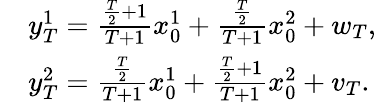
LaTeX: \begin{array}{rl}&{y_{T}^{1}=\frac{\frac{T}{2}+1}{T+1}x_{0}^{1}+\frac{\frac{T}{2}}{T+1}x_{0}^{2}+w_{T},}\\ &{y_{T}^{2}=\frac{\frac{T}{2}}{T+1}x_{0}^{1}+\frac{\frac{T}{2}+1}{T+1}x_{0}^{2}+v_{T}.}\end{array}